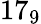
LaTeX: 17_{9}